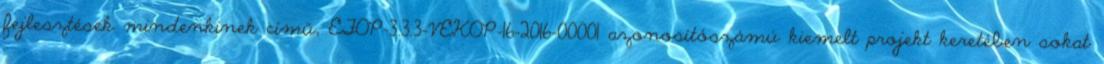
fejlesztések mindenkinek című, EFOP-3.3.3-VEKOP-16-2016-00001 azonosítószámú kiemelt projekt keretében sokat